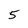
Character: 5